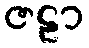
ဇဠာ